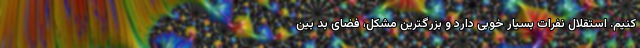
کنیم. استقلال نفرات بسیار خوبی دارد و بزرگترین مشکل، فضای بد بین